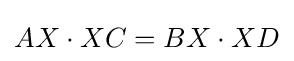
\displaystyle AX\cdot XC=BX\cdot XD